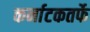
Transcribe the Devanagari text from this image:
कर्नाटकतर्फे